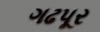
ગઢપૂર